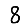
Digit: 8